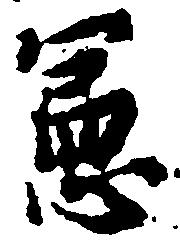
憲